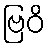
ဗြဝိ